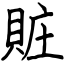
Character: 賍